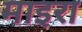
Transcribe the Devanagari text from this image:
माइरा